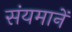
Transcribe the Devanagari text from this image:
संयमानें